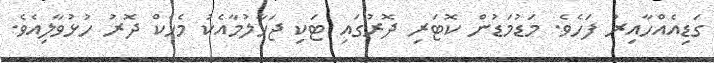
ގަޑިއެއްހާއިރު ފަހެވެ. މަޑުމަޑުން ކޮޓަރި ދޮރުގައި ޓަކި ޖަހާލުމާއެކު މެހެކް ދޮރު ހުޅުވާލިއެވެ.